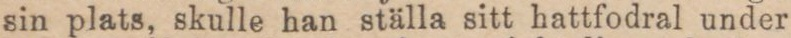
sin plats, skulle han ställa sitt hattfodral under